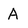
Character: A